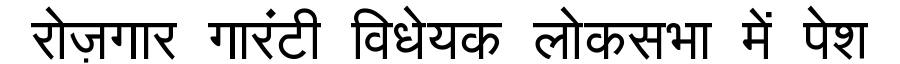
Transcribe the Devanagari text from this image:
रोज़गार गारंटी विधेयक लोकसभा में पेश